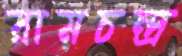
রামচন্দ্র